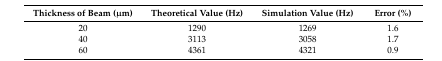
<table><thead><tr><td><b>Thickness of Beam (μm)</b></td><td><b>Theoretical Value (Hz)</b></td><td><b>Simulation Value (Hz)</b></td><td><b>Error (%)</b></td></tr></thead><tbody><tr><td>20</td><td>1290</td><td>1269</td><td>1.6</td></tr><tr><td>40</td><td>3113</td><td>3058</td><td>1.7</td></tr><tr><td>60</td><td>4361</td><td>4321</td><td>0.9</td></tr></tbody></table>